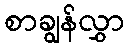
စာချွန်လွှာ